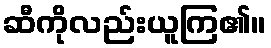
ဆီကိုလည်းယူကြ၏။